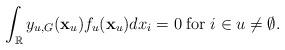
LaTeX: \begin{align*}\int_{\mathbb{R}}y_{u,G}(\mathbf{x}_{u})f_{u}(\mathbf{x}_{u})dx_{i}=0\;\mathrm{for}\; i\in u\neq\emptyset.\end{align*}